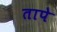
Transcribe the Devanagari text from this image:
तापे